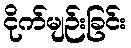
ငိုက်မျဉ်းခြင်း